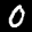
Label: 0